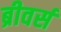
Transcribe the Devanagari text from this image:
ब्रीवर्स